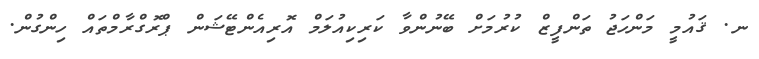
ނ. ޤައުމީ މަންހަޖު ތަންފީޒް ކުރުމަށް ބޭނުންވާ ކަރިކިއުލަމް އޮރިއެންޓޭޝަން ޕްރޮގްރާމްތައް ހިންގުން.